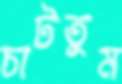
চাটতুম